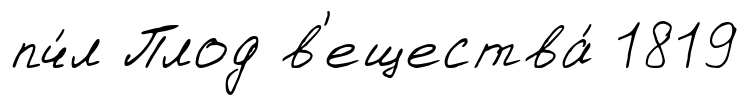
пч́л Плод в'ещества́ 1819